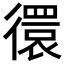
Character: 𢕼